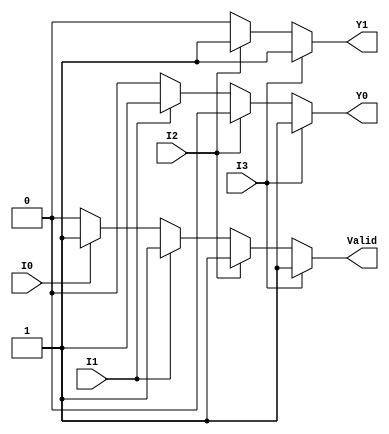
module priority_encoder_4to2 (
    input wire I0,   // Input 0
    input wire I1,   // Input 1
    input wire I2,   // Input 2
    input wire I3,   // Input 3
    output reg Y1,   // Most significant bit of the output
    output reg Y0,   // Least significant bit of the output
    output reg Valid // Indicates if any input is active
);

always @(*) begin
    // Default outputs
    Y1 = 1'b0;
    Y0 = 1'b0;
    Valid = 1'b0;

    // Priority encoding logic
    if (I3) begin
        Y1 = 1'b1;
        Y0 = 1'b1;
        Valid = 1'b1;
    end else if (I2) begin
        Y1 = 1'b1;
        Y0 = 1'b0;
        Valid = 1'b1;
    end else if (I1) begin
        Y1 = 1'b0;
        Y0 = 1'b1;
        Valid = 1'b1;
    end else if (I0) begin
        Y1 = 1'b0;
        Y0 = 1'b0;
        Valid = 1'b1;
    end else begin
        Valid = 1'b0; // All inputs are low
    end
end

endmodule